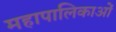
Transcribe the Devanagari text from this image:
महापालिकाओं